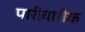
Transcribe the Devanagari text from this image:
पारीवारीक